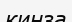
кинза